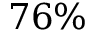
7 6 \%